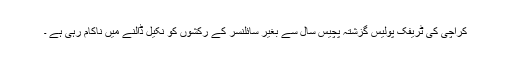
کراچی کی ٹریفک پولیس گزشتہ پچیس سال سے بغیر سائلنسر کے رکشوں کو نکیل ڈالنے میں ناکام رہی ہے ۔